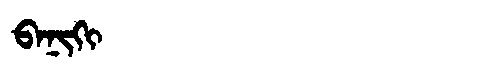
Manchu: ᠪᠠᠨᡳᡴᡳ
Romanization: BANIKI